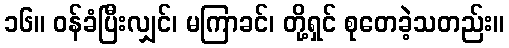
၁၆။ ဝန်ခံပြီးလျှင်၊ မကြာခင်၊ တို့ရှင် စုတေခဲ့သတည်း။